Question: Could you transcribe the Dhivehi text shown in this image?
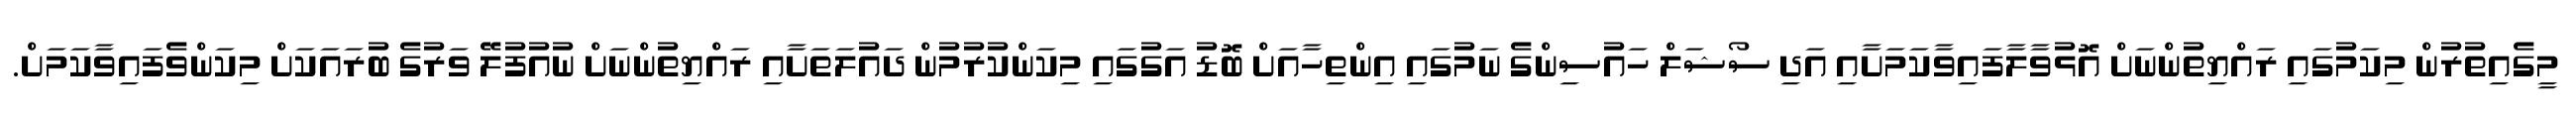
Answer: މީގެއިތުރުން މިކަމުގައި ރައްޔިތުންނަށް އޮޅުވާލާފައިވާކަމަށާއި އަދި ސޯޝަލް ހައުސިންގެ ނަމުގައި އިންތިހާއަށް ބޮޑު އަގުގައި މިކަންކުރުމުން ދައުލަތަށާއި ރައްޔިތުންނަށް ނުއުފުލޭ ވަރުގެ ބުރައަކަށް މިކަންވެފައިވާކަމަށް.